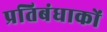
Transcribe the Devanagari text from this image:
प्रतिबंधाकों